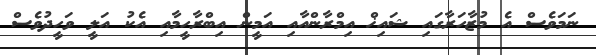
ނަމަވެސް އެ މުޒާހަރާގައި ޝައިޚް އިމްރާންއާއި އަމީން އިބްރާހީމާއި އެކު އަލީ ވަހީދުވެސް